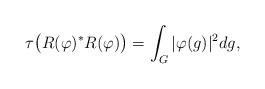
LaTeX: \begin{align*} \tau\bigl(R(\varphi)^*R(\varphi) \bigr)=\int_G |\varphi(g)|^2 dg, \end{align*}